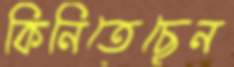
কিনিতেছেন